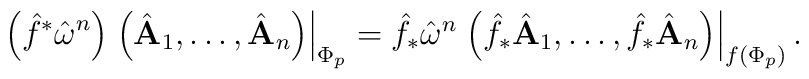
\left(\hat{f}^{*}\hat{\bf \omega}^{n}\right)\left.\left(\hat{\bf A}_{1},\ldots,\hat{\bf A}_{n}\right)\right|_{\Phi_{p}}=\hat{f}_{*}\hat{\bf \omega}^{n}\left.\left(\hat{f}_{*}\hat{\bf A}_{1},\ldots,\hat{f}_{*}\hat{\bf A}_{n}\right)\right|_{f\left(\Phi_{p}\right)}.